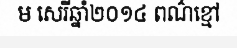
ម សេរីឆ្នាំ២០១៤ ពណ៌ខ្មៅ